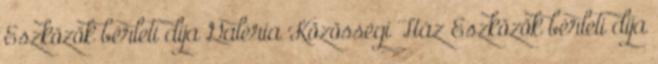
Eszközök bérleti díja Galéria Közösségi Ház Eszközök bérleti díja